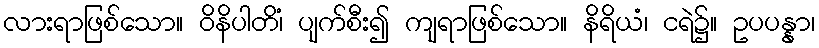
လားရာဖြစ်သော။ ဝိနိပါတိံ၊ ပျက်စီး၍ ကျရာဖြစ်သော။ နိရိယံ၊ ငရဲ၌။ ဥပပန္နာ၊